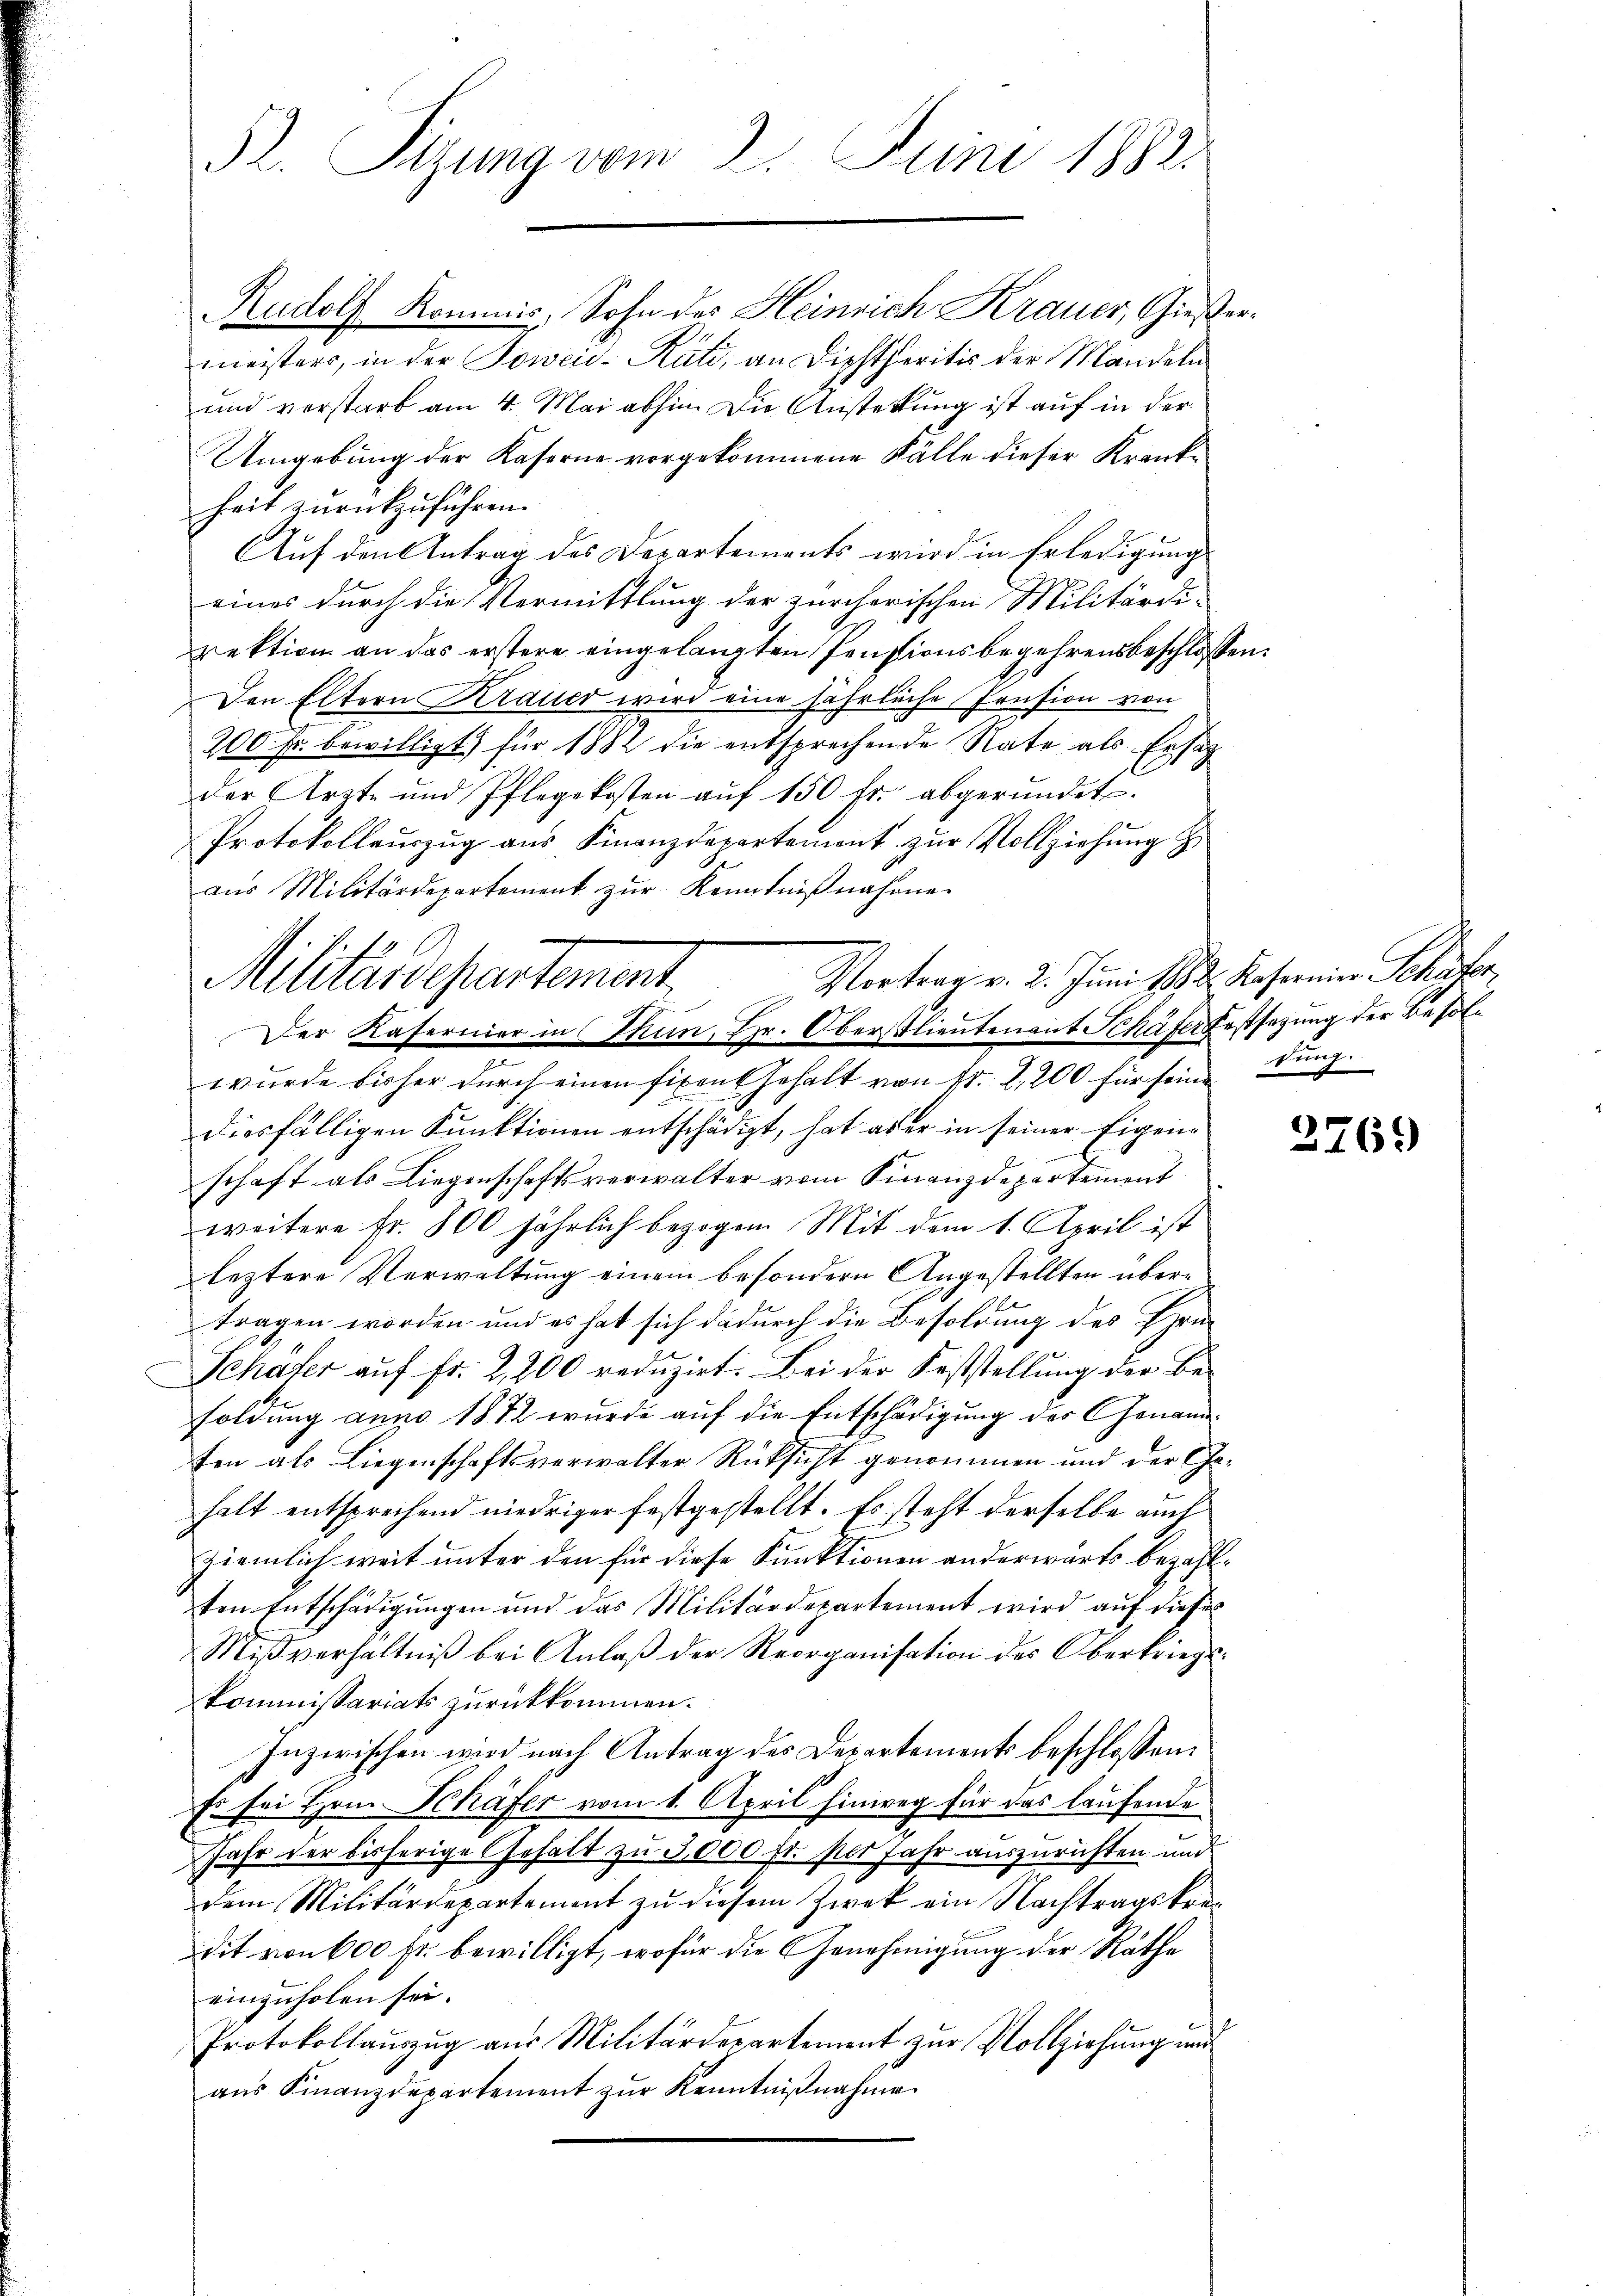
Pr. Sitzung vom 2. Juni 1882

11.
Alterardepartement

Vortrag v. 2. Juni 18. d. Kasereiner Schüfer,
Der Kaserner in Thun, Hr. Oberstlieutenant Schäfer Festsezung der Besol¬

Rudolf Kommis, Sohn des Heinrich Krauer, Gießermeisters, in der Soweid-Räte, an Dichtheritis der Mandeln
und verstarb am 4. Mai abhin. Die Anstellung ist auf in der
Umgebung der Kaserne vorgekommene Fälle dieser Krankheit zurückzuführen.
Auf den Antrag des Departements wird in Erledigung
eines durch die Vermittlung der zürcherischen Militärdi-
rektion an das erstere eingelangten Pensionsbegehrensbeschlossen:
Den Eltern Krauer wird eine jährliche Pension von
200 Fr. bewilligt für 1882 die entsprechende Rate als Ersatz
der Ärzte und Pflegekosten aŭf 150 fr. abgeründet.
Protokollaŭszŭg aŭs Finanzdepartement zŭr Vollziehŭng z
aŭs Militärdepartement zŭr Kenntniβnahmen
wŭrde bisher dŭrch einen fixentgehalt von Fr. 2. 200 für seine dung.
diesfälligen Funktionen entschädigt, hat aber in seiner Eigenschaft als Liegenschaftsverwalter vom Finanzdepartement
weitere Fr. 800 jährlich bezogen. Mit dem 1. April ist
leztere Verwaltung einem besondern Angestellten übertragen worden und es hat sich dadurch die Besoldung des Hrn.
Schäter auf Fr. 2,200 reduzirt. Bei der Feststellung der Besoldung anno 1872 wurde auf die Entschädigung der Genannten als Liegenschaftsverwalter Rücksicht genommen und der Ge-
halt entsprechend niedriger festgestellt. Es steht derselbe auch
ziemlich weit unter den für diese Funktionen anderwärts bezahlten Entschädigungen und das Militärdepartement wird auf dieser
Mißverhältniβ bei Anlaβ der Reorganisation des Oberkriegskommissariats zurückkommen.
Inzwischen wird nach Antrag des Departements beschlossen:
Es sei Hrn. Schäfer vom 1. April hinweg für das laufende
Jahr der bisherige Gehalt zu 3,000 fr. per Jahr auszurichten und
dem Militärdepartement zu diesem Zwek ein Nachtragskredit von 600 fr. bewilligt, wofür die Genehmigung der Räthe
einzuholen sei.
Protokollauszug aus Militärdepartement zur Vollziehung wir
aŭs Finanzdepartement zŭr Kenntniβnahme

2769